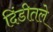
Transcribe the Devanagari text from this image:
दिंडीतले